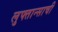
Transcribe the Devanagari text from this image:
लुफ्तान्साची